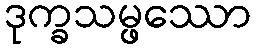
ဒုက္ခသမ္ဖဿော